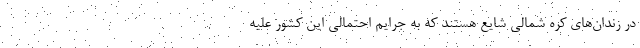
در زندان‌های کره شمالی شایع هستند که به جرایم احتمالی این کشور علیه